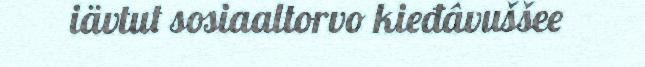
iävtut sosiaaltorvo kieđâvuššee